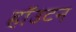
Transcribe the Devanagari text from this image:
हॉउटन